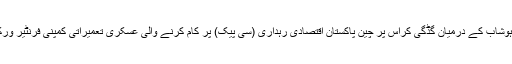
14 اکتوبر جمعہ کے روز کیچ کے علاقے بالگتر سہاکی اور ہوشاب کے درمیان گڈگی کراس پر چین پاکستان اقتصادی رہداری (سی پیک) پر کام کرنے والی عسکری تعمیراتی کمپنی فرنٹیر ورکس آرگنائزیشن (ایف ڈبلیو او) پر سرمچاروں نے حملہ کیا ہے۔